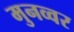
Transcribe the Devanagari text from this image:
मुनव्‍वर